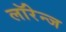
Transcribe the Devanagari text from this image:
लॉरेन्ज